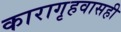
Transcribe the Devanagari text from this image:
कारागृहवासही